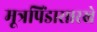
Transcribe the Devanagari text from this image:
मूत्रपिंडासारखे